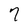
Character: 7